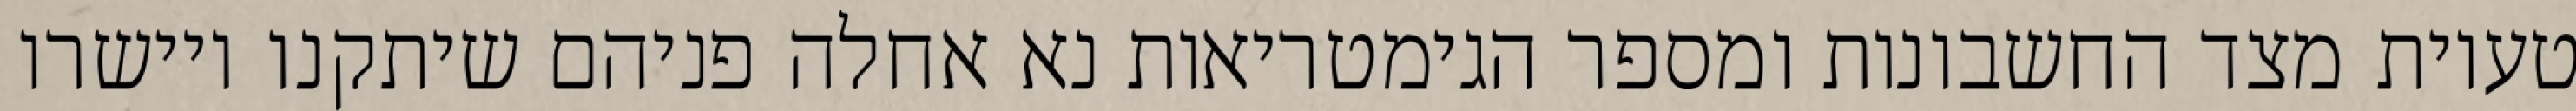
טעיות מצד החשבונות ומספר הגימטריאות נא אחלה פניהם שיתקנו ויישרו